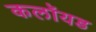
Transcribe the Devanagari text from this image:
कलॉयड